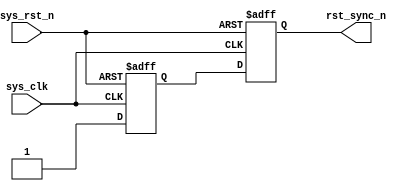
/*


*/
module reset_sync
(
	input  	sys_clk		,
	input  	sys_rst_n  		,
	output 	rst_sync_n 

);

reg  rst_s1;
reg  rst_s2;

always @(posedge sys_clk or negedge sys_rst_n)begin  
	if (!sys_rst_n) begin   
		rst_s1 <= 1'b0;  
		rst_s2 <= 1'b0;  
	end  
	else begin  
		rst_s1 <= 1'b1;  
		rst_s2 <= rst_s1;  //
    end
end  
 
assign rst_sync_n = rst_s2; 

endmodule